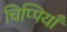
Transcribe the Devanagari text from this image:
चिप्पियाँ